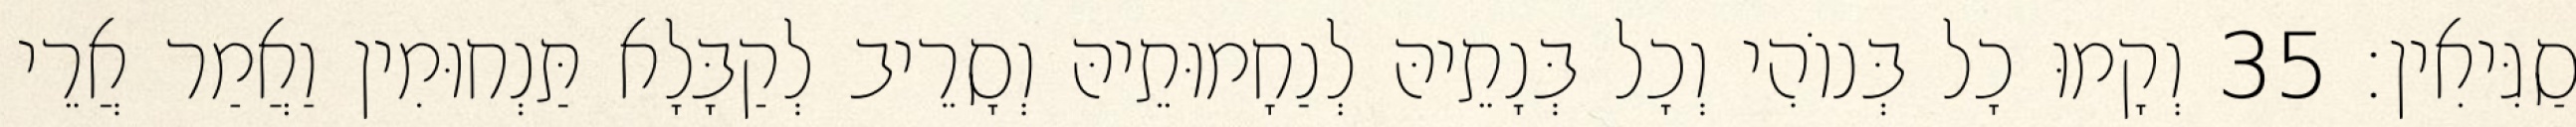
סַגִּיאִין׃ 35 וְקָמוּ כָל בְּנוֹהִי וְכָל בְּנָתֵיהּ לְנַחָמוּתֵיהּ וְסָרֵיב לְקַבָּלָא תַּנְחוּמִין וַאֲמַר אֲרֵי